Annual report on the working of the lock hospitals in the Central Provinces
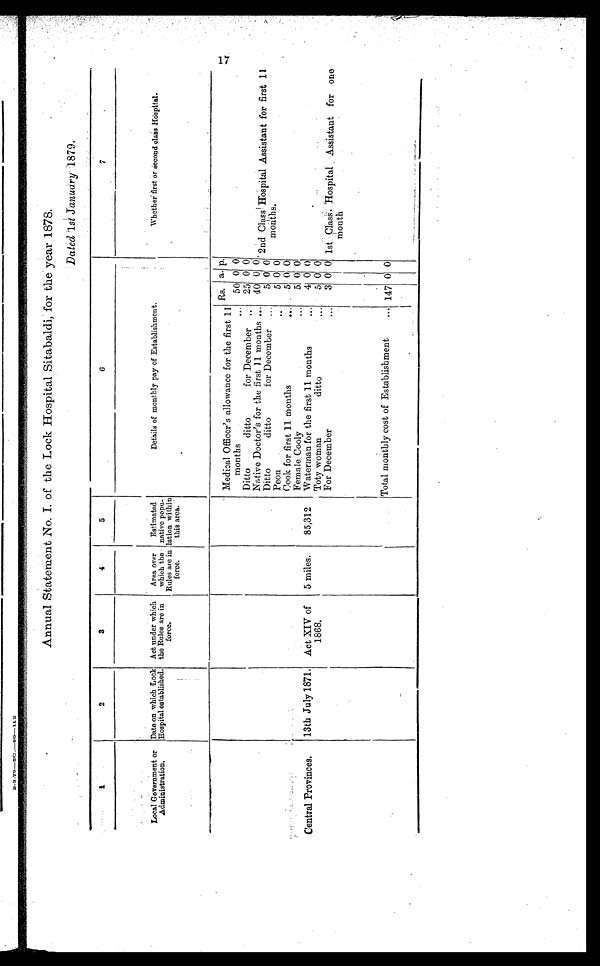
Annual Statement No. I. of the Lock Hospital Sitabaldi, for the year 1878.
Dated 1st January 1879.
1
2
3
4
5
6
7
Local Government or
Administration.
Date on which Lock
Hospital established.
Act under which
the Rules are in
force.
Area over
which the
Rules are in
force.
Estimated
native popu-
lation within
this area.
Details of monthly pay of Establishment
.
Whether first or second class Hospital
.
Medical Officer's allowance for the first 11
Rs. a. p.
months
... 50 0 0
Ditto
ditto
for December .•
25 0 0
Native Doctor's for the first 11 months ... 40 0 0 2nd Class Hospital Assistant for first 11
months.
Ditto
ditto
for December ...
5 0 0
Peon
...
5 0 0
Cook for first 11 months
...
5 0 0
Female Cooly ...
5 0 0
Central Provinces.
13th July 1871. Act XIV of
1868.
5 miles.
85,312
Waterman for the first 11 months
•••
4 0 0
Toty woman
ditto
...
5 0 0
For December
...
3 0 0 1st Class. Hospital Assistant for one
m o n t h
Total monthly cost of Establishment
...
147 0 0
17